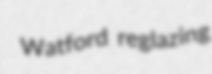
Watford reglazing